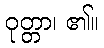
ဝုတ္တာ၊ ၏။